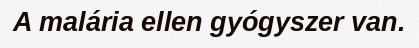
A malária ellen gyógyszer van.